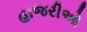
હાજરીઓ